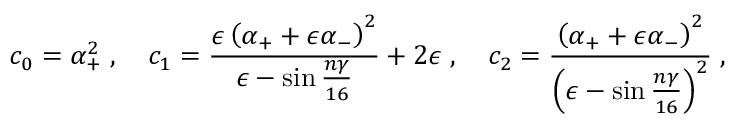
c _ { 0 } = \alpha _ { + } ^ { 2 } \; , \quad c _ { 1 } = \frac { \epsilon \left( \alpha _ { + } + \epsilon \alpha _ { - } \right) ^ { 2 } } { \epsilon - \sin \frac { n \gamma } { 1 6 } } + 2 \epsilon \; , \quad c _ { 2 } = \frac { \left( \alpha _ { + } + \epsilon \alpha _ { - } \right) ^ { 2 } } { \left( \epsilon - \sin \frac { n \gamma } { 1 6 } \right) ^ { 2 } } \; ,